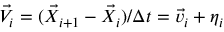
\vec { V } _ { i } = ( \vec { X } _ { i + 1 } - \vec { X } _ { i } ) / \Delta t = \vec { v } _ { i } + \boldsymbol { \eta } _ { i }